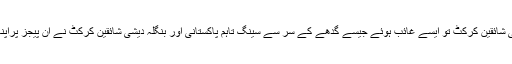
بین الاقوامی کرکٹ کے سوشل میڈیا پیجز سے بھارتی شائقین کرکٹ تو ایسے غائب ہوئے جیسے گدھے کے سر سے سینگ تاہم پاکستانی اور بنگلہ دیشی شائقین کرکٹ نے ان پیجز پراپنا الگ ہی میلہ سجا لیا اوربھارتیوں کا جینا حرام کردیا۔